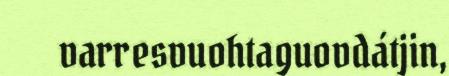
varresvuohtaguovdátjin,